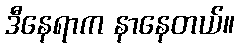
ဒီနေရာက နာနေတယ်။